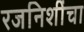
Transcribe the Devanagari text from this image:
रजनिशींचा